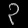
Digit: ၃